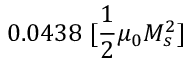
0 . 0 4 3 8 \; [ \frac { 1 } { 2 } \mu _ { 0 } M _ { s } ^ { 2 } ]